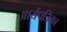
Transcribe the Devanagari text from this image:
आर्यपत्रिका